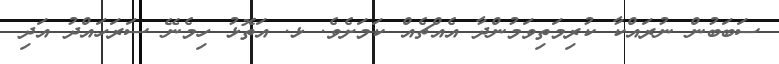
ސަބަބުން ނުރައްކާ ކުރިމަތިވަމުންދާ އެއްޗެއް ކަމަށެވެ. ޅ. އަތޮޅު ހިމެނޭ ސަރަހައްދު އަދި